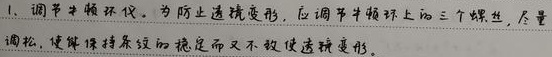
1. 调节牛顿环仪。为防止透镜变形，应调节牛顿环仪上的三个螺丝，尽量调松，使得保持条纹的稳定而又不致使透镜变形。